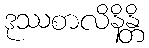
ဒုဿစာလိနိန္တိ